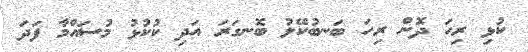
ކުޅި ރިހަ ދޮން ރިހަ ބަނބުކޭލު ބޮނގަރަ އަދި ކުކުޅު މުސައްމާ ފަދަ